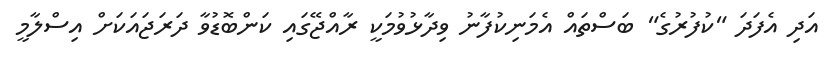
އަދި އެފަދަ "ކުފުރުގެ" ބަސްތައް އެމަނިކުފާނު ވިދާޅުވުމަކީ ރާއްޖޭގައި ކަންބޮޑުވާ ދަރަޖައަކަށް އިސްލާމީ